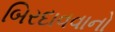
બિરદાવવાનો